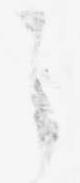
う